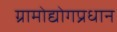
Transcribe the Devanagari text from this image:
ग्रामोद्योगप्रधान